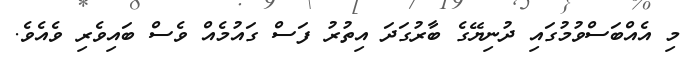
މި އެއްބަސްވުމުގައި ދުނިޔޭގެ ބާރުގަދަ އިތުރު ފަސް ގައުމެއް ވެސް ބައިވެރި ވެއެވެ.